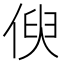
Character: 𠋟